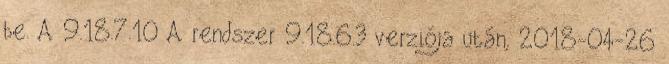
be. A 9.18.7.10 A rendszer 9.18.6.3 verziója után, 2018-04-26